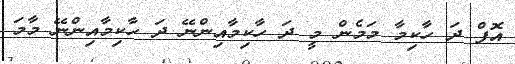
އޮފް ދަ ހާކިމާ މަމެން މީ ދަ ހާކިމާއިންނޭ ދަ ހާކިމާއިންނޭ މާމަ